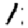
Digit: 1